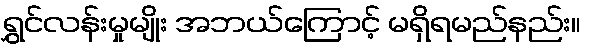
ရွှင်လန်းမှုမျိုး အဘယ်ကြောင့် မရှိရမည်နည်း။